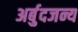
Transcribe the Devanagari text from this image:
अर्बुदजन्य